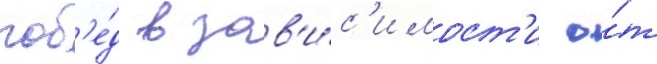
поб'е́д в зав'и́с'имост'и о́т